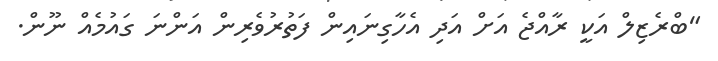
"ބްރެޒިލް އަކީ ރާއްޖެ އަށް އަދި އެހާގިނައިން ފަތުރުވެރިން އަންނަ ގައުމެއް ނޫން.